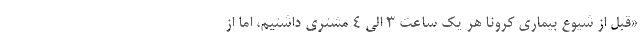
«قبل از شیوع بیماری کرونا هر یک ساعت ۳ الی ۴ مشتری داشتیم، اما از